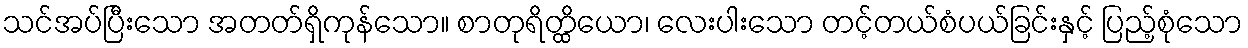
သင်အပ်ပြီးသော အတတ်ရှိကုန်သော။ စာတုရိတ္ထိယော၊ လေးပါးသော တင့်တယ်စံပယ်ခြင်းနှင့် ပြည့်စုံသော